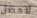
لاحصل